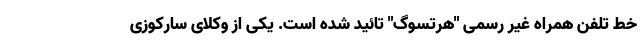
خط تلفن همراه غیر رسمی "هرتسوگ" تائید شده است. یکی از وکلای سارکوزی